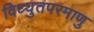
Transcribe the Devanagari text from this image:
विध्युतपरमाणु